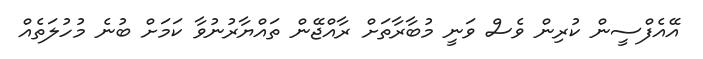
އޭއެފްސީން ކުރިން ވެސް ވަނީ މުބާރާތަށް ރާއްޖޭން ތައްޔާރުނުވާ ކަމަށް ބުނެ މުހުލަތެއް